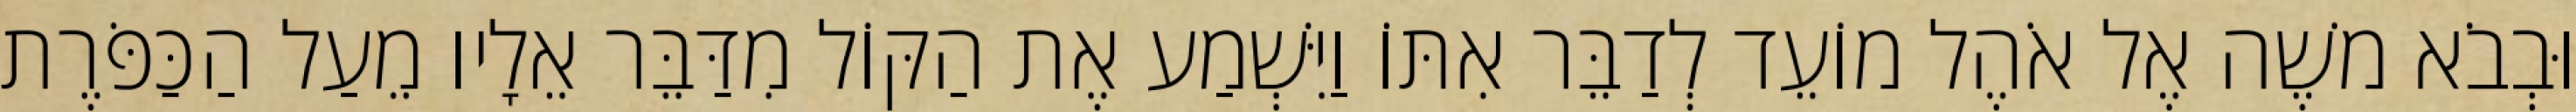
וּבְבֹא משֶׁה אֶל אֹהֶל מוֹעֵד לְדַבֵּר אִתּוֹ וַיִּשְׁמַע אֶת הַקּוֹל מִדַּבֵּר אֵלָיו מֵעַל הַכַּפֹּרֶת